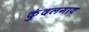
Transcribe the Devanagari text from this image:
कुंदलगाव